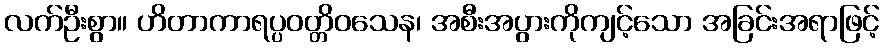
လက်ဦးစွာ။ ဟိတာကာရပ္ပဝတ္တိဝသေန၊ အစီးအပွားကိုကျင့်သော အခြင်းအရာဖြင့်